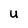
Character: U